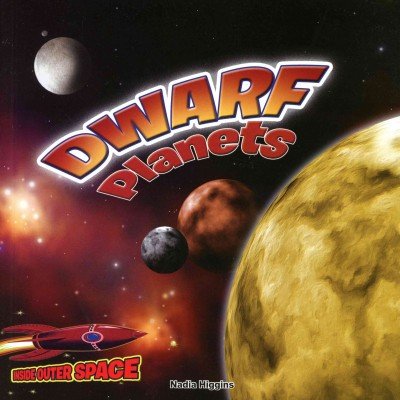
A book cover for Dwarf Planets: Pluto and the Lesser Planets (Inside Outer Space); Nadia Higgins; Children's Books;